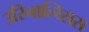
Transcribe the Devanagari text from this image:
उरिनाल्य्सिस